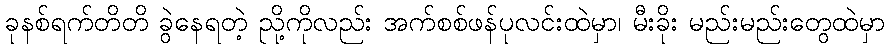
ခုနစ်ရက်တိတိ ခွဲနေရတဲ့ ညို့ကိုလည်း အက်စစ်ဖန်ပုလင်းထဲမှာ၊ မီးခိုး မည်းမည်းတွေထဲမှာ